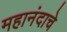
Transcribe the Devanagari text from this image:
महानंदाचे